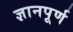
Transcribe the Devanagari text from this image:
ज्ञानपूर्ण